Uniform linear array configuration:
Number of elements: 64
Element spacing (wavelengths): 0.75
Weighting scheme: blackman
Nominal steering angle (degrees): -45
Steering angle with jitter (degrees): -43.357
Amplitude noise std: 0.05
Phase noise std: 0.05

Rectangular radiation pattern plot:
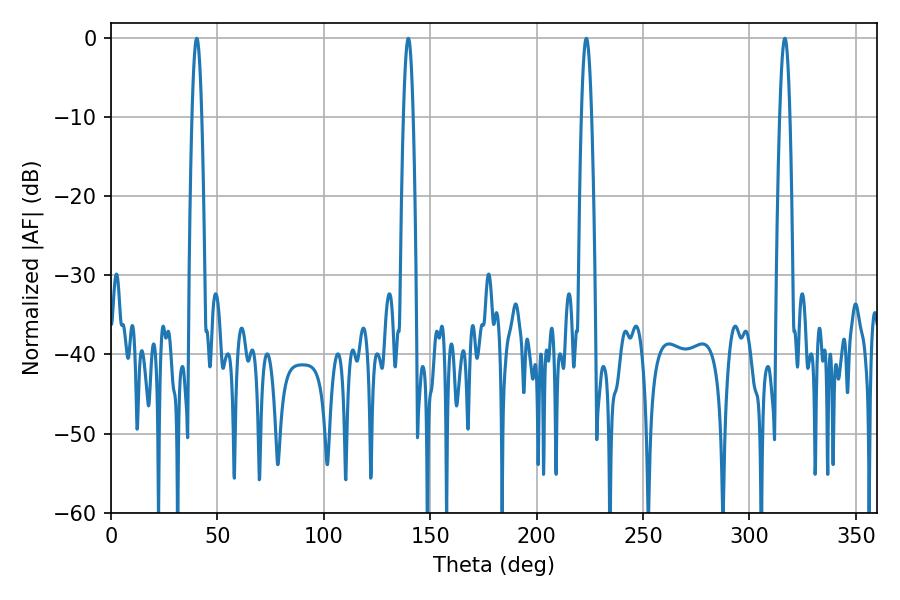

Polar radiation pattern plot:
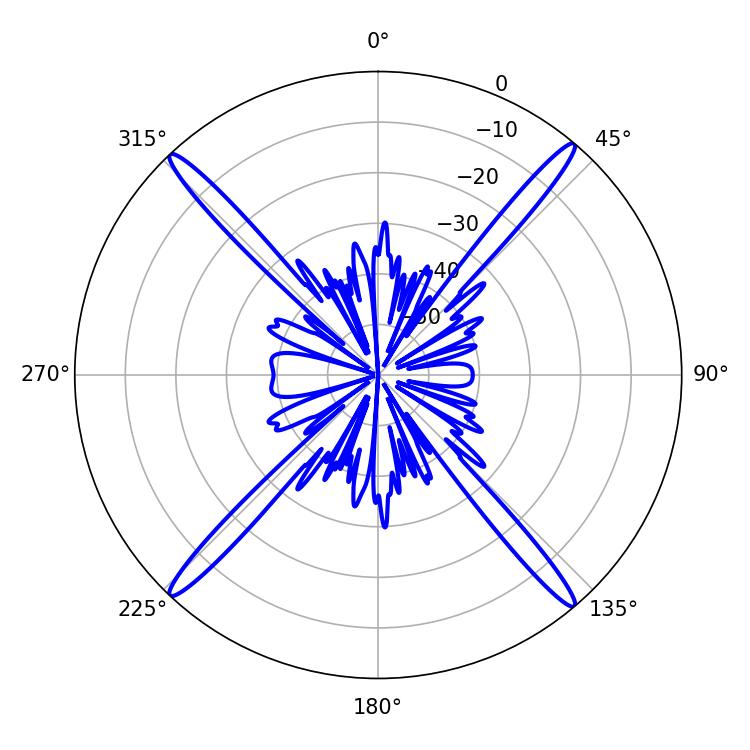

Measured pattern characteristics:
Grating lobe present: TRUE
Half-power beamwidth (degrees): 2.52
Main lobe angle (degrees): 223.38